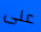
على